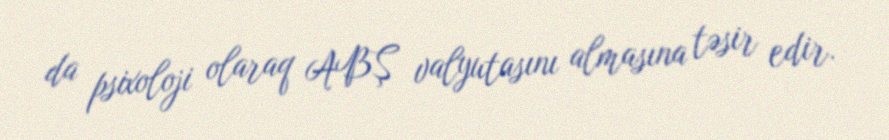
da psixoloji olaraq ABŞ valyutasını almasına təsir edir.